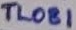
Text: TL081